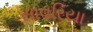
સાવરિયા